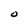
Character: O